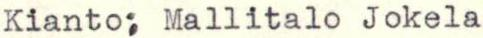
Kianto; Mallitalo Jokela